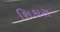
શિકારા